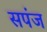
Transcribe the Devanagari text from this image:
सपंज